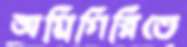
অগ্নিগিরিতে